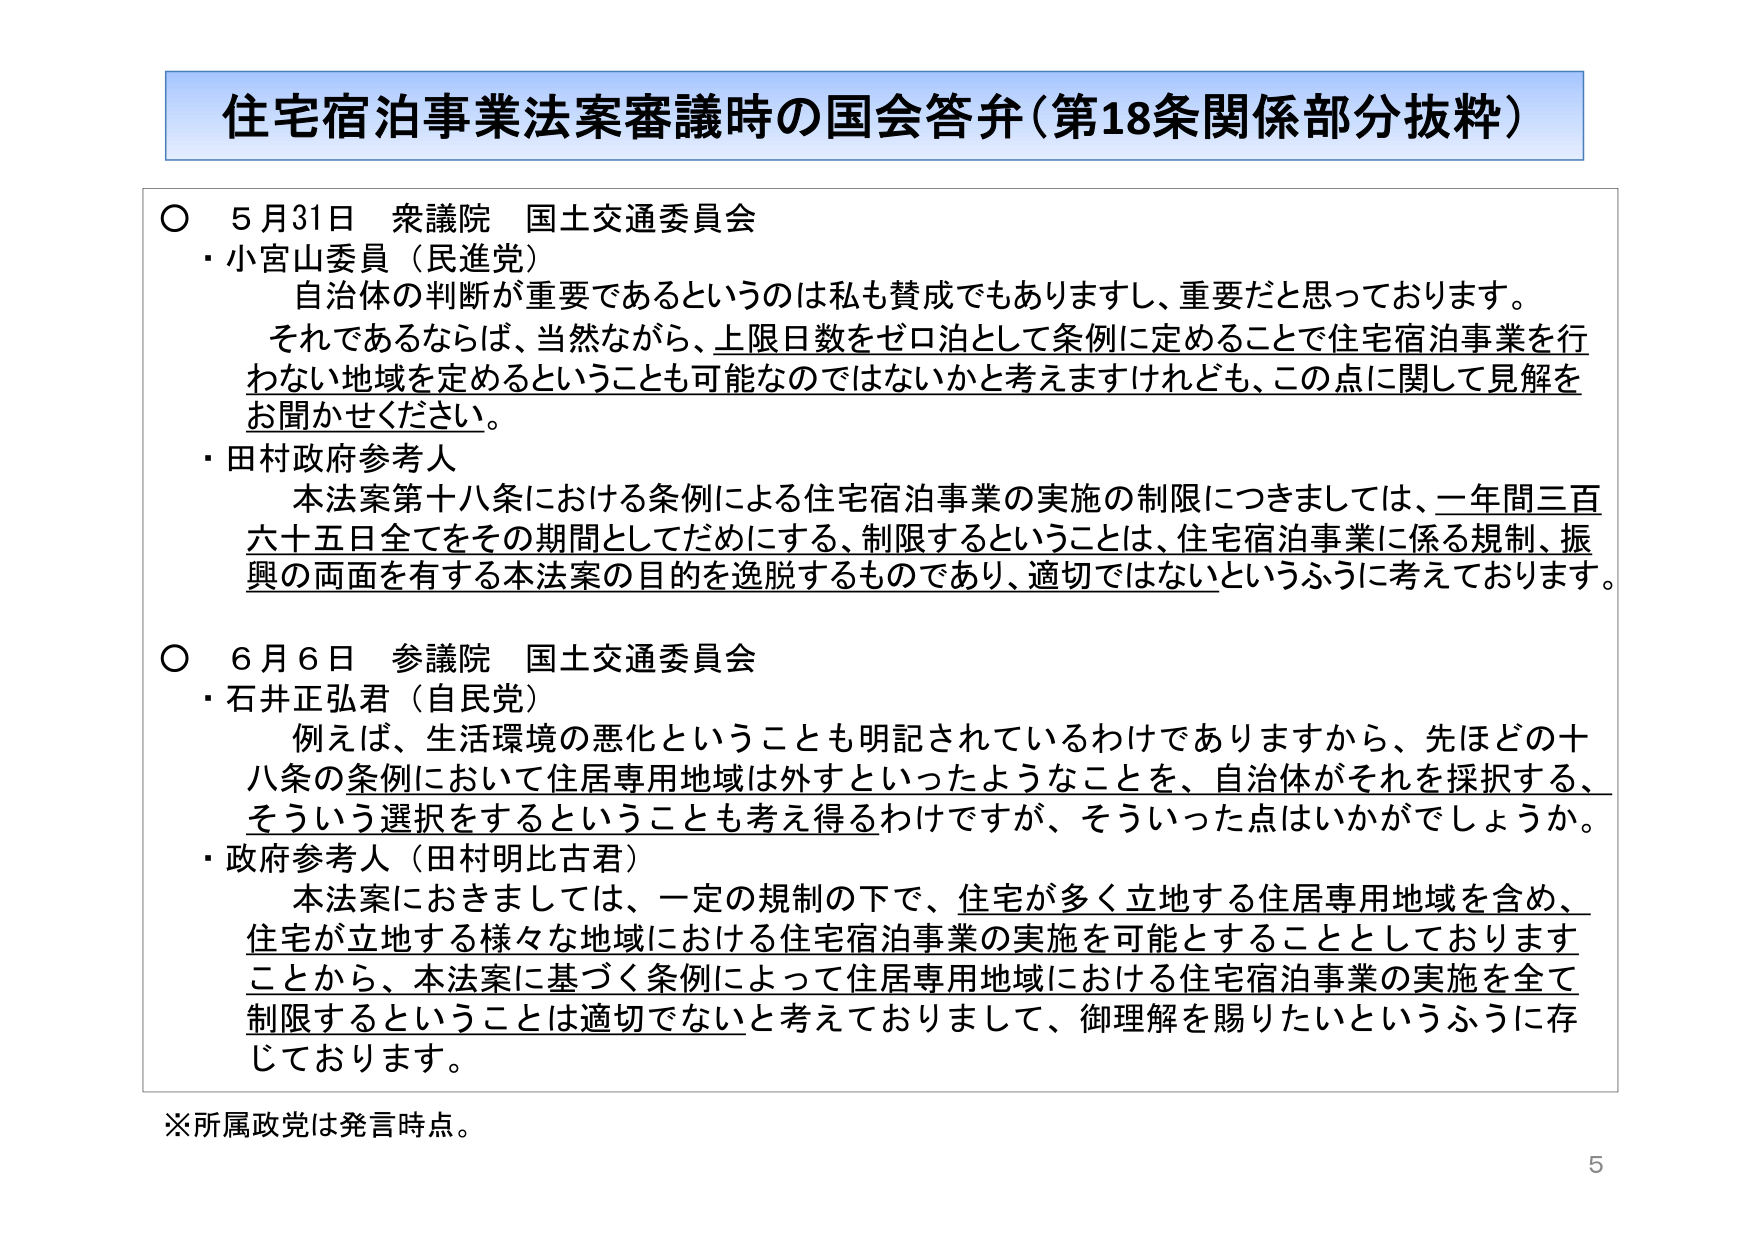
住宅宿泊事業法案審議時の国会答弁（第18条関係部分抜粋）

○ 5月31日 衆議院 国土交通委員会
・小宮山委員（民進党）
　自治体の判断が重要であるというのは私も賛成でもありますし、重要だと思っております。
　それであるならば、当然ながら、上限日数をゼロ泊として条例に定めることで住宅宿泊事業を行わない地域を定めるということも可能なのではないかと考えますけれども、この点に関して見解をお聞かせください。
・田村政府参考人
　本法案第十八条における条例による住宅宿泊事業の実施の制限につきましては、一年間三百六十五日全てをその期間としてだめにする、制限するということは、住宅宿泊事業に係る規制、振興の両面を有する本法案の目的を逸脱するものであり、適切ではないというふうに考えております。

○ 6月6日 参議院 国土交通委員会
・石井正弘君（自民党）
　例えば、生活環境の悪化ということも明記されているわけでありますから、先ほどの十八条の条例において住居専用地域は外すといったようなことを、自治体がそれを採択する、そういう選択をするということも考え得るわけですが、そういった点はいかがでしょうか。
・政府参考人（田村明比古君）
　本法案におきましては、一定の規制の下で、住宅が多く立地する住居専用地域を含め、住宅が立地する様々な地域における住宅宿泊事業の実施を可能とすることとしておりますことから、本法案に基づく条例によって住居専用地域における住宅宿泊事業の実施を全て制限することは適切でないと考えておりまして、御理解を賜りたいというふうに存じております。

※所属政党は発言時点。
5